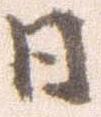
日